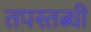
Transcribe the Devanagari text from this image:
तपस्तब्धी